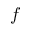
f